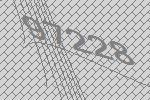
97228